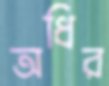
অধির